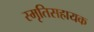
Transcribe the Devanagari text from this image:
स्मृतिसहायक